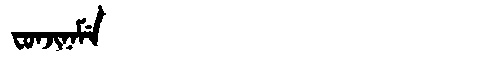
Manchu: ᠸᠣᠨᠵᡳᠨᠠᠮᡝ
Romanization: FONJINAME